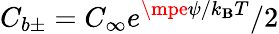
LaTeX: C_{b\pm}=C_{\infty}e^{\mpe\psi/k_{\mathbf{B}}T}/2